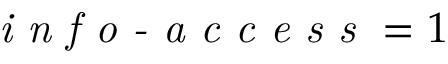
\textit { i n f o - a c c e s s } = 1